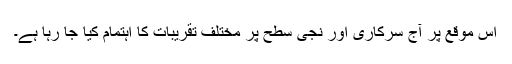
اس موقع پر آج سرکاری اور نجی سطح پر مختلف تقریبات کا اہتمام کیا جا رہا ہے۔